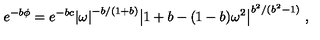
e ^ { - b \phi } = e ^ { - b c } { \left| \omega \right| } ^ { - b / ( 1 + b ) } { \left| 1 + b - ( 1 - b ) \omega ^ { 2 } \right| } ^ { b ^ { 2 } / ( b ^ { 2 } - 1 ) } \ ,